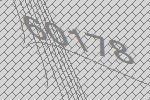
60178